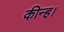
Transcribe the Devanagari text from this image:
कीन्‍ह।